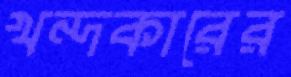
খন্দকারের